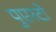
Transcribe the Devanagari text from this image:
पुएरटो